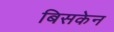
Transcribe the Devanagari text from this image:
बिसकेन